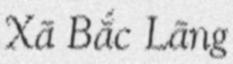
Xã Bắc Lãng